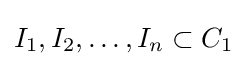
I_{1},I_{2},\ldots ,I_{n}\subset C_{1}